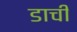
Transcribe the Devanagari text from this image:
डाची